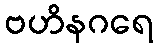
ဗဟိနဂရေ